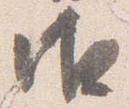
御